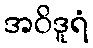
အဝိဒူရံ